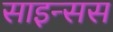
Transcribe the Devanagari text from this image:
साइन्सस